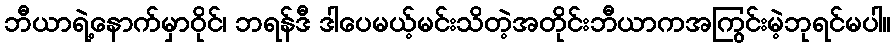
ဘီယာရဲ့နောက်မှာဝိုင်၊ ဘရန်ဒီ ဒါပေမယ့်မင်းသိတဲ့အတိုင်းဘီယာကအကြွင်းမဲ့ဘုရင်မပါ။